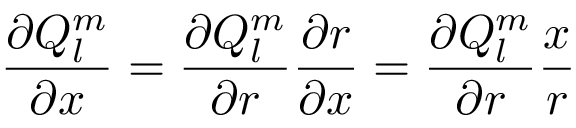
\frac { \partial Q _ { l } ^ { m } } { \partial x } = \frac { \partial Q _ { l } ^ { m } } { \partial r } \frac { \partial r } { \partial x } = \frac { \partial Q _ { l } ^ { m } } { \partial r } \frac { x } { r }